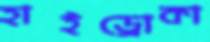
হাইড্রোকা